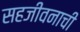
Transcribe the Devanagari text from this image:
सहजीवनाची